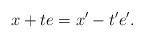
LaTeX: \begin{align*} x + te = x' - t'e'.\end{align*}